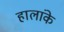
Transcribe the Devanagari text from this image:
हालांके